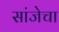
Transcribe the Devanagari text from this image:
सांजेचा